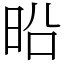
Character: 㫟